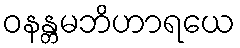
ဝနန္တမဘိဟာရယေ